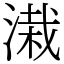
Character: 溨